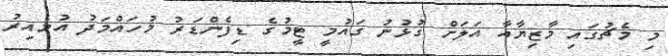
މި މެޗުގައި މާޒިޔާއާ އަލަށް ގުޅުނު ގައުމީ ޓީމުގެ ޑިފެންޑަރު މުހައްމަދު އުމެއިރު